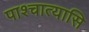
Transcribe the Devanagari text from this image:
पाश्चात्यासि